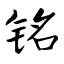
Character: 铭